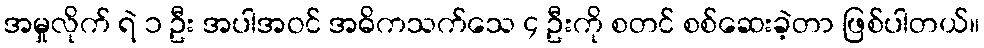
အမှုလိုက် ရဲ ၁ ဦး အပါအဝင် အဓိကသက်သေ ၄ ဦးကို စတင် စစ်ဆေးခဲ့တာ ဖြစ်ပါတယ်။